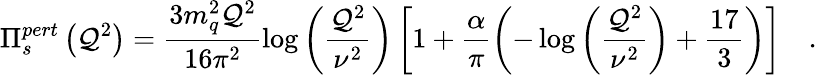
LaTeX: \Pi_{s}^{pert}\left(\mathcal{Q}^{2}\right)=\frac{{3m_{q}^{2}\mathcal{Q}^{2}}}{{16\pi^{2}}}\log{\left(\frac{{\mathcal{Q}^{2}}}{{\nu^{2}}}\right)}\left[1+\frac{{\alpha}}{{\pi}}\left(-\log{\left(\frac{{\mathcal{Q}^{2}}}{{\nu^{2}}}\right)}+\frac{{17}}{{3}}\right)\right]\quad.